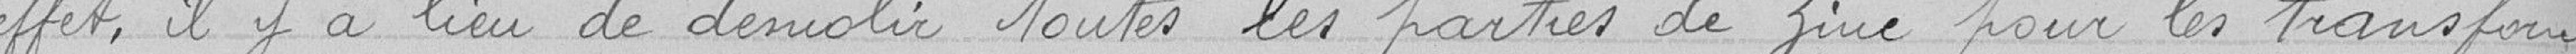
effet, il y a lieu de démolir toutes les parties de zinc pour les transformer